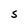
Character: S